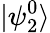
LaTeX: |\psi_{2}^{0}\rangle